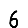
Digit: 6